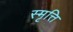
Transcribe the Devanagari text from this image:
स्मृत्ति